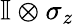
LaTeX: \mathbb{I}\otimes\sigma_{z}